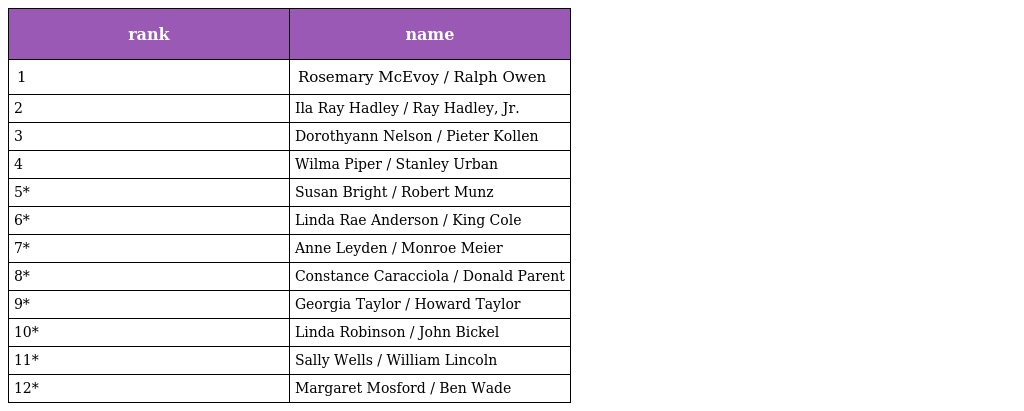
| rank | name |
 | --- | --- |
 | 1 | Rosemary McEvoy / Ralph Owen |
 | 2 | Ila Ray Hadley / Ray Hadley, Jr. |
 | 3 | Dorothyann Nelson / Pieter Kollen |
 | 4 | Wilma Piper / Stanley Urban |
 | 5* | Susan Bright / Robert Munz |
 | 6* | Linda Rae Anderson / King Cole |
 | 7* | Anne Leyden / Monroe Meier |
 | 8* | Constance Caracciola / Donald Parent |
 | 9* | Georgia Taylor / Howard Taylor |
 | 10* | Linda Robinson / John Bickel |
 | 11* | Sally Wells / William Lincoln |
 | 12* | Margaret Mosford / Ben Wade |